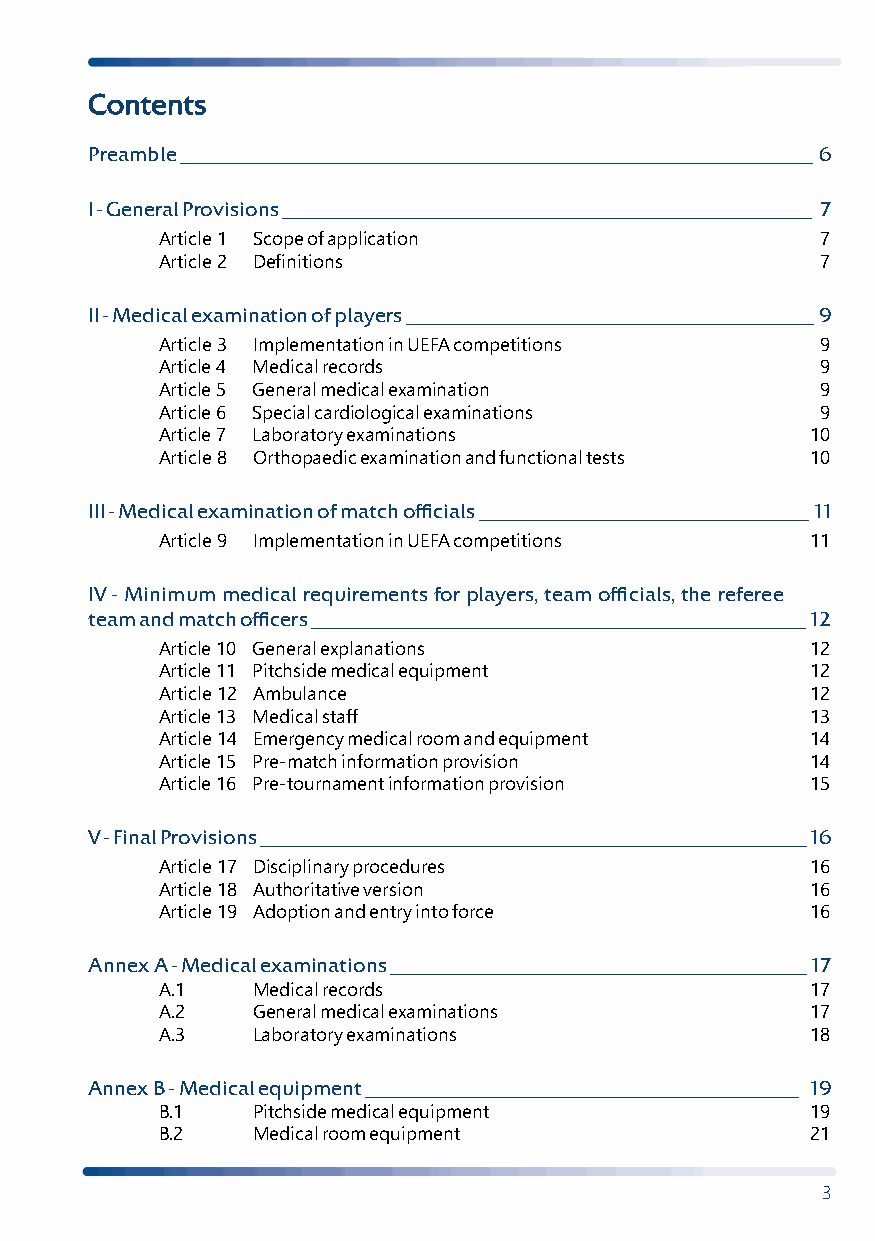
Contents
 Preamble _________________________________________________________________________ 6
 I - General Provisions _____________________________________________________________ 7
 Article 1 Scope of application             7
 Article 2 Definitions                      7
 II - Medical examination of players _______________________________________________ 9
 Article 3 Implementation in UEFA competitions 9
 Article 4 Medical records                  9
 Article 5 General medical examination      9
 Article 6 Special cardiological examinations 9
 Article 7 Laboratory examinations          10
 Article 8 Orthopaedic examination and functional tests 10
 III - Medical examination of match officials ______________________________________ 11
 Article 9 Implementation in UEFA competitions 11
 IV - Minimum medical requirements for players, team officials, the referee
 team and match officers _________________________________________________________ 12
 Article 10 General explanations            12
 Article 11 Pitchside medical equipment     12
 Article 12 Ambulance                       12
 Article 13 Medical staff                   13
 Article 14 Emergency medical room and equipment 14
 Article 15 Pre-match information provision 14
 Article 16 Pre-tournament information provision 15
 V - Final Provisions _______________________________________________________________ 16
 Article 17 Disciplinary procedures         16
 Article 18 Authoritative version           16
 Article 19 Adoption and entry into force   16
 Annex A - Medical examinations ________________________________________________ 17
 A.1   Medical records                      17
 A.2   General medical examinations         17
 A.3   Laboratory examinations              18
 Annex B - Medical equipment __________________________________________________ 19
 B.1   Pitchside medical equipment          19
 B.2   Medical room equipment               21
 3